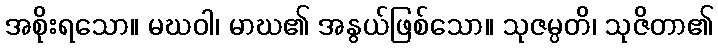
အစိုးရသော။ မဃဝါ၊ မာဃ၏ အနွယ်ဖြစ်သော။ သုဇမ္ပတိ၊ သုဇိတာ၏